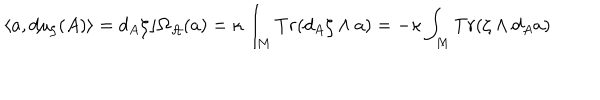
\langle a , d \mu _ { \zeta } ( A ) \rangle = d _ { A } \zeta \rfloor \Omega _ { { \cal A } } ( a ) = \kappa \int _ { M } T r ( d _ { A } \zeta \wedge a ) = - \kappa \int _ { M } T r ( \zeta \wedge d _ { A } a )